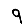
Digit: 9